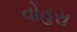
વોહરા